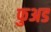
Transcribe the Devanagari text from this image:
फुअड